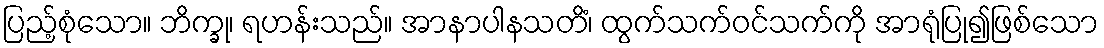
ပြည့်စုံသော။ ဘိက္ခု၊ ရဟန်းသည်။ အာနာပါနသတိံ၊ ထွက်သက်ဝင်သက်ကို အာရုံပြု၍ဖြစ်သော